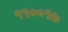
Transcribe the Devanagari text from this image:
११००१७